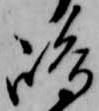
嶋